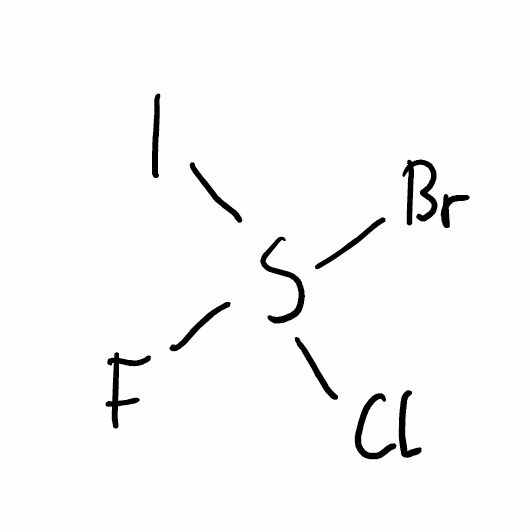
Simplified molecular-input line-entry system (SMILES) notation of the given molecule:
FS(Cl)(Br)I